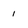
Character: 1